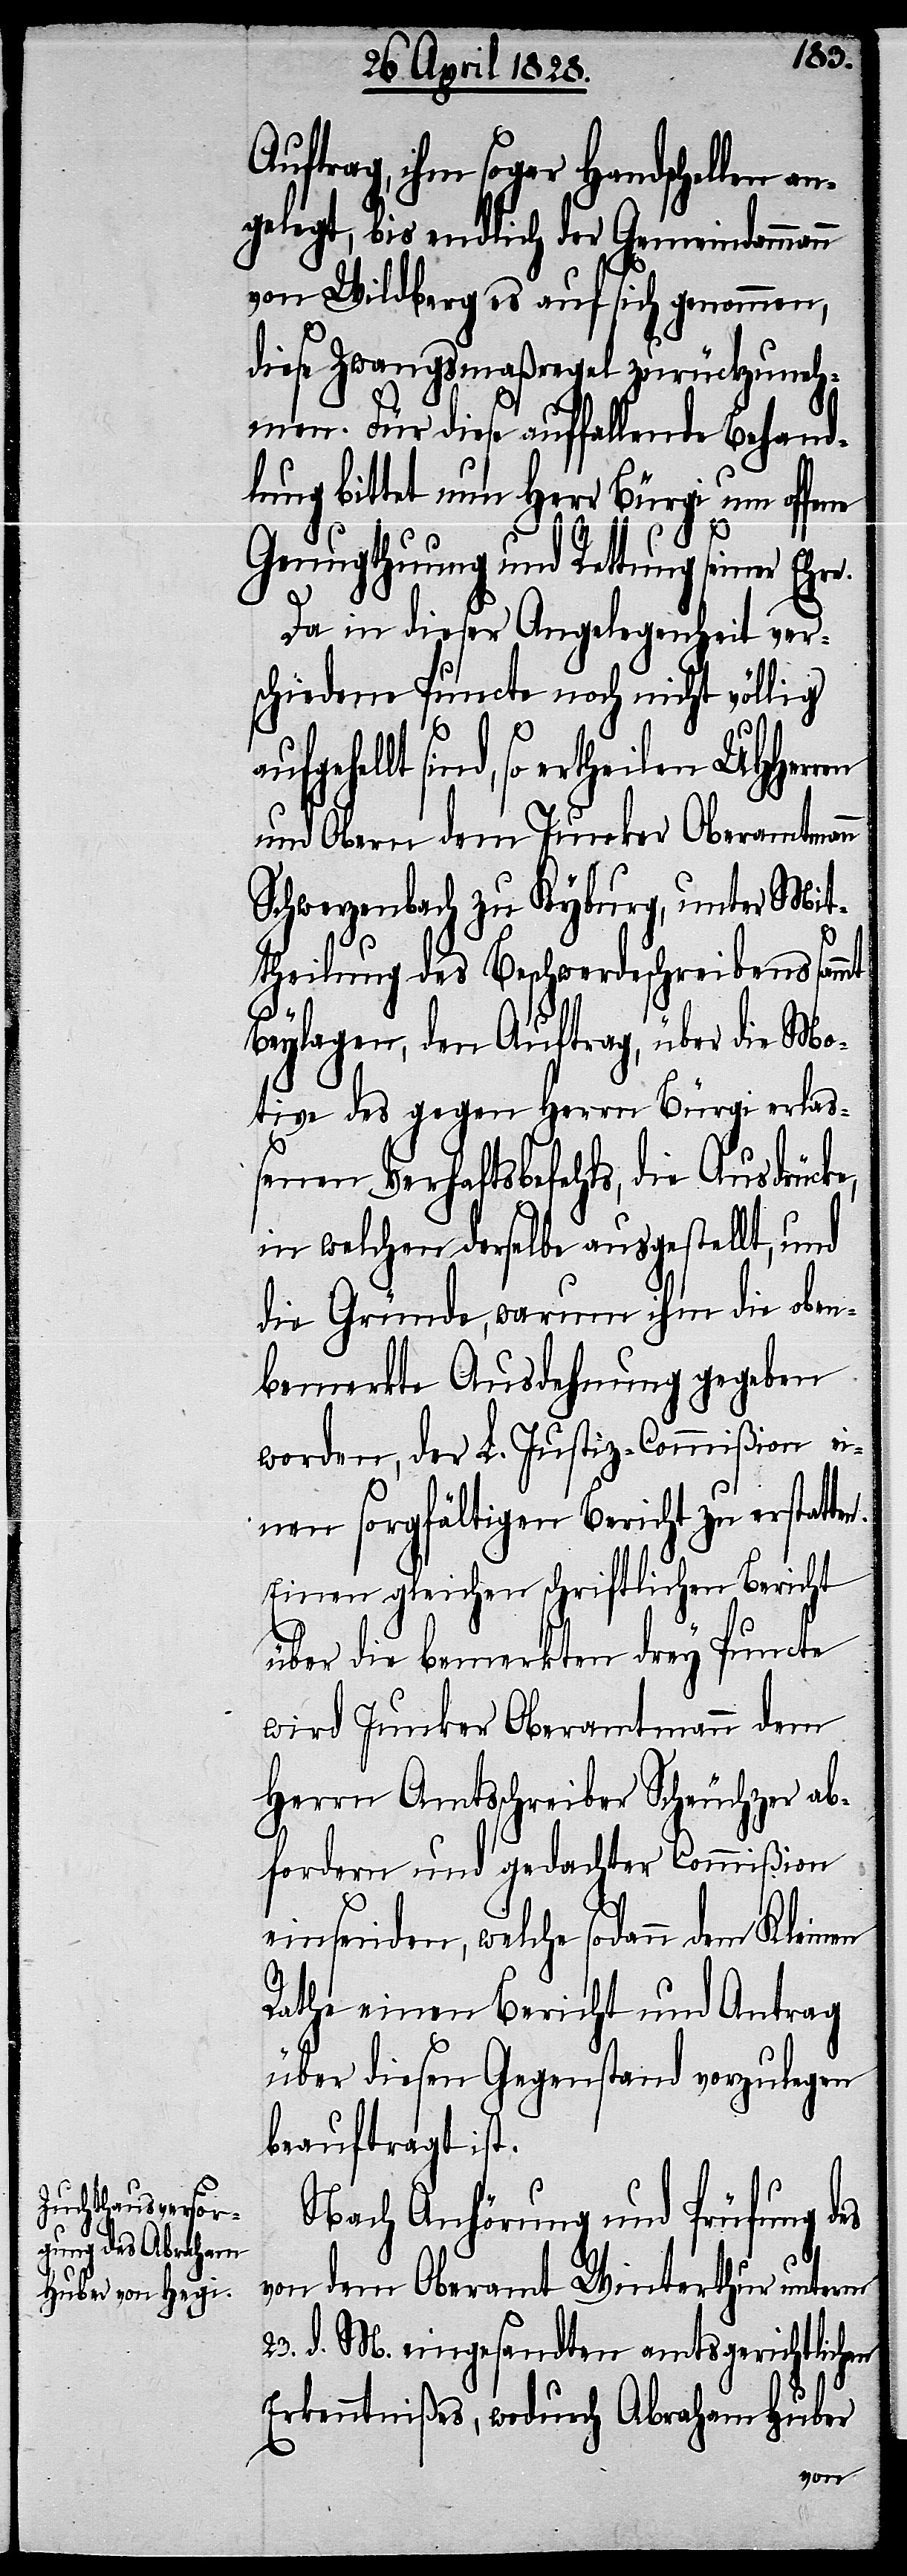
Auftrag, ihm sogar Handschellen
angelegt, bis endlich der Gemeindammann
von Wildberg es auf sich genommen,
diese Zwangsmaßregel zurückzuneh¬
men. Für diese auffallende Behand¬
lung bittet nun Herr Bürgi um offene
en
Genugthuung und Rettung seiner Ehre.
Da in dieser Angelegenheit ver¬
schiedene Puncte noch nicht völlig
sind, so ertheilen UHHerren
und Obern dem Junker Oberamtmann
Schwerzenbach zu Kyburg, unter Mit¬
theilung des Beschwerdeschreibens sammt
Beylagen, den Auftrag, über die Mo¬
tive des gegen Herrn Bürgi erlaß¬
enen Verhaftsbefehls, die Ausdrücke,
in welchen derselbe ausgestellt, und
die Gründe, warum ihm die oben¬
bemerkte Ausdehnung gegeben
worden, der L. Justiz-Commißion ei¬
nen sorgfältigen schriftlichen
über die bemerkten drey Puncte
wird Junker Oberamtmann dem
Herrn Amtsschreiber Scheuchzer ab¬
fordern und gedachter Commißion
einsenden, welche sodann dem
Rathe einen Bericht und Antrag
über diesen Gegenstand vorzulegen
beauftragt ist.
Nach Anhörung und Prüfung des
von dem Oberamt Winterthur unterm
23. d. M. eingesandten amtsgerichtlich¬
Erkenntnißes, wodurch Abraham Huber